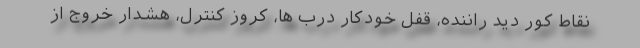
نقاط کور دید راننده، قفل خودکار درب ها، کروز کنترل، هشدار خروج از